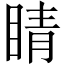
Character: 睛